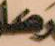
رضا